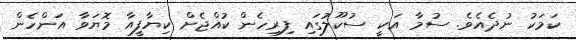
ކަމަކު ނުދެއެވެ. ސުމާ އަކީ ސުކޫލުގައި ފިރިހެން ކުއްޖެށް ކިޔާފީއާ މޮޔަވާ އަންހެން